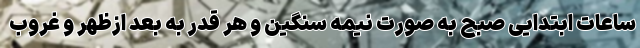
ساعات ابتدایی صبح به صورت نیمه سنگین و هر قدر به بعد ازظهر و غروب